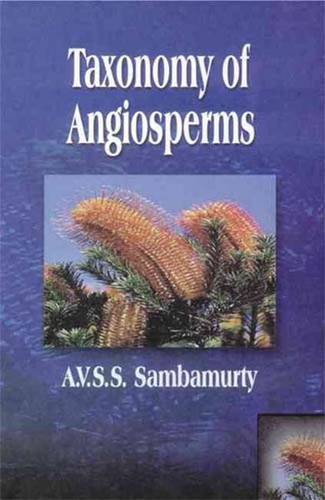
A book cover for Taxonomy of Angiosperms; A.V.S.S. Sambamurty; Science & Math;